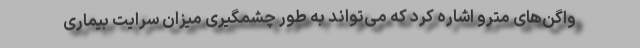
واگن‌های مترو اشاره کرد که می‌تواند به طور چشمگیری میزان سرایت بیماری